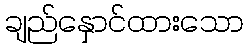
ချည်နှောင်ထားသော